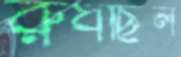
রুধছিল